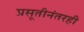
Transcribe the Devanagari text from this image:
प्रसूतीनंतरही